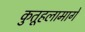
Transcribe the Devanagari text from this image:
कुतूहलामागे